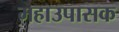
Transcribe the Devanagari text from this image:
महाउपासक